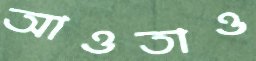
আওতাও